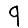
Digit: 9